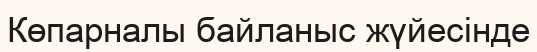
Көпарналы байланыс жүйесінде